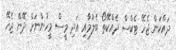
ދައްކަން ޖެހޭ ޓެކްސް ދެއްކޭތޯ ބެލުމާއި އަދި މީސް މީހުންނަށް ދޭން ޖެހޭ